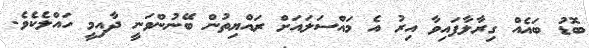
ބޮޑު ބައެއް ގިރާލާފައިވާ އިރު އެ މައްސަލައަށް ރައްޔިތުން ބޭނުންވަނީ ދާއިމީ ހައްލެކެވެ.